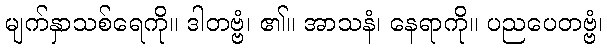
မျက်နှာသစ်ရေကို။ ဒါတဗ္ဗံ၊ ၏။ အာသနံ၊ နေရာကို။ ပညပေတဗ္ဗံ၊